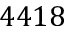
4 4 1 8